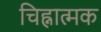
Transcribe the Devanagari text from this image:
चिह्नात्मक